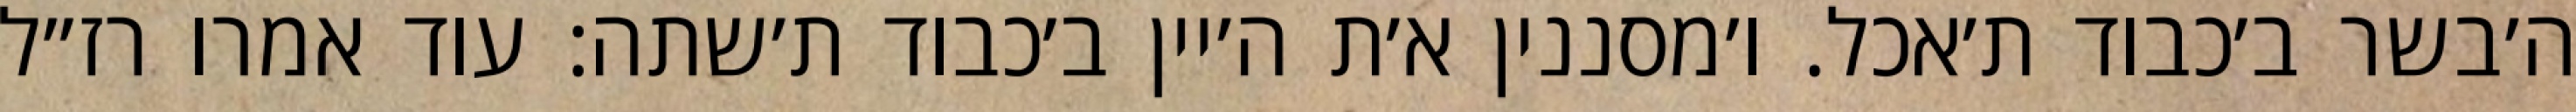
ה׳בשר ב׳כבוד ת׳אכל. ו׳מסננין א׳ת ה׳יין ב׳כבוד ת׳שתה: עוד אמרו רז״ל